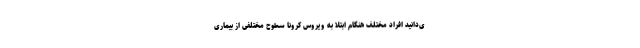
ی‌دانید افراد مختلف هنگام ابتلا به ویروس کرونا سطوح مختلفی از بیماری